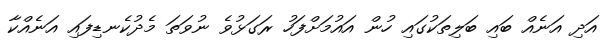
އަދި އަނެއް ބައި ބަލިތަކުގައި ހުން އައުމަށްފަހު ރަގަޅުވެ ނުވަތަ މެދުކެނޑިފައި އަނެއްކާ